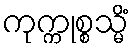
ကုက္ကုစ္စသ္မိံ